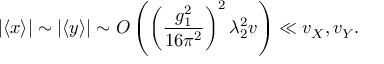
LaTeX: | \langle x \rangle | \sim | \langle y \rangle | \sim O \left( \left( \frac { g _ { 1 } ^ { 2 } } { 1 6 \pi ^ { 2 } } \right) ^ { 2 } \lambda _ { 2 } ^ { 2 } v \right) \ll v _ { X } , v _ { Y } .